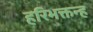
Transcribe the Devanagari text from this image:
हरिभक्तन्ह